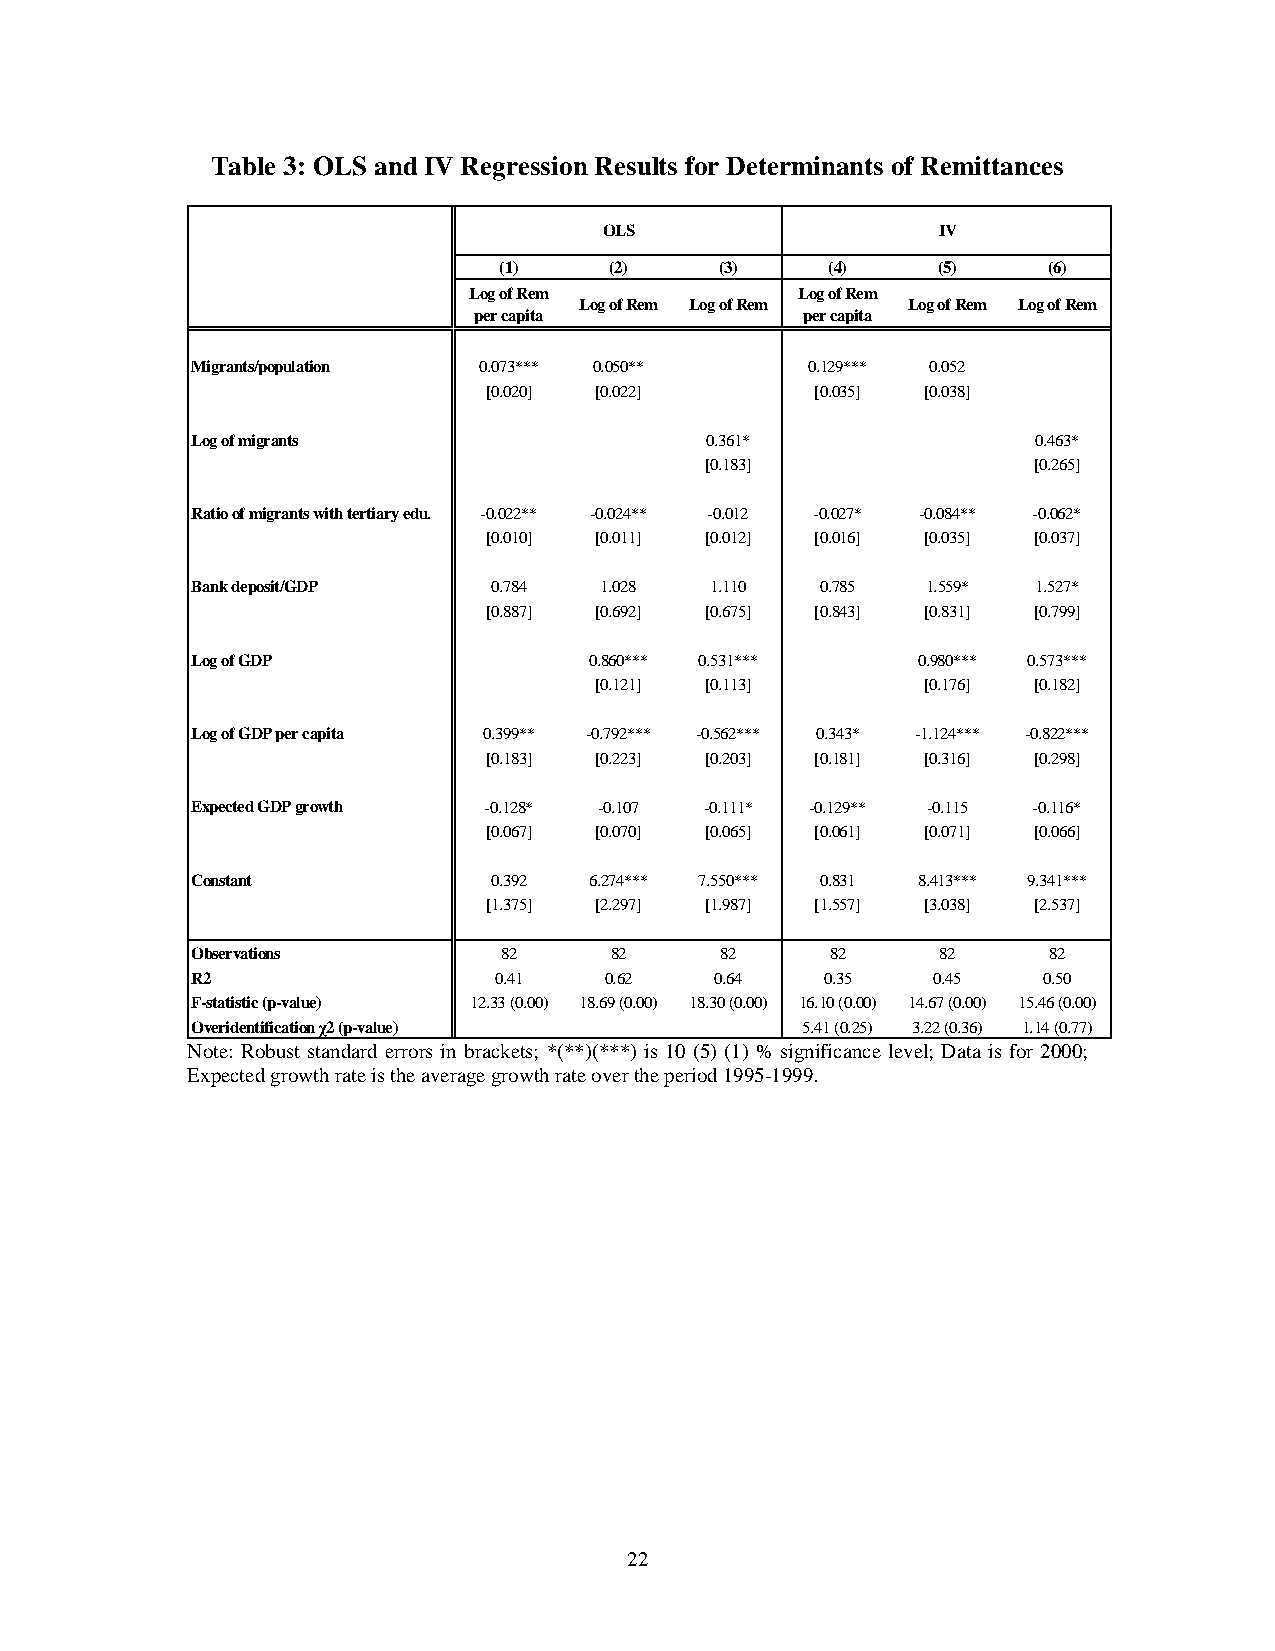
Table 3: OLS and IV Regression Results for Determinants of Remittances
 OLS                   IV
 (1)    (2)     (3)    (4)    (5)    (6)
 Log of Rem            Log of Rem
 Log of Rem Log of Rem Log of Rem Log of Rem
 per capita            per capita
 Migrants/population 0.073*** 0.050**    0.129*** 0.052
 [0.020] [0.022]       [0.035] [0.038]
 Log of migrants                   0.361*                0.463*
 [0.183]              [0.265]
 Ratio of migrants with tertiary edu. -0.022** -0.024** -0.012 -0.027* -0.084** -0.062*
 [0.010] [0.011] [0.012] [0.016] [0.035] [0.037]
 Bank deposit/GDP   0.784   1.028  1.110  0.785  1.559*  1.527*
 [0.887] [0.692] [0.675] [0.843] [0.831] [0.799]
 Log of GDP                0.860*** 0.531***     0.980*** 0.573***
 [0.121] [0.113]       [0.176] [0.182]
 Log of GDP per capita 0.399** -0.792*** -0.562*** 0.343* -1.124*** -0.822***
 [0.183] [0.223] [0.203] [0.181] [0.316] [0.298]
 Expected GDP growth -0.128* -0.107 -0.111* -0.129** -0.115 -0.116*
 [0.067] [0.070] [0.065] [0.061] [0.071] [0.066]
 Constant           0.392  6.274*** 7.550*** 0.831 8.413*** 9.341***
 [1.375] [2.297] [1.987] [1.557] [3.038] [2.537]
 Observations        82     82      82     82     82     82
 R2                  0.41   0.62   0.64    0.35   0.45   0.50
 F-statistic (p-value) 12.33 (0.00) 18.69 (0.00) 18.30 (0.00) 16.10 (0.00) 14.67 (0.00) 15.46 (0.00)
 Overidentification χ2 (p-value)         5.41 (0.25) 3.22 (0.36) 1.14 (0.77)
 Note: Robust standard errors in brackets; *(**)(***) is 10 (5) (1) % significance level; Data is for 2000;
 Expected growth rate is the average growth rate over the period 1995-1999.
 22